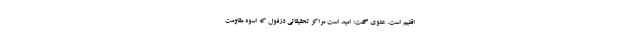
اقلیم است. علوی گفت: امید است مراکز تحقیقاتی دزفول که اسوه مقاومت